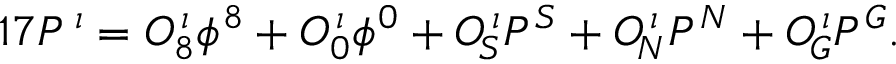
1 7 P ^ { \, \iota } = { \cal O } _ { 8 } ^ { \, \iota } \phi ^ { 8 } + { \cal O } _ { 0 } ^ { \, \iota } \phi ^ { 0 } + { \cal O } _ { \! S } ^ { \, \iota } P ^ { S } + { \cal O } _ { \! N } ^ { \, \iota } P ^ { N } + { \cal O } _ { \! G } ^ { \, \iota } P ^ { G } .